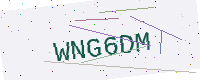
Text: WNG6DM